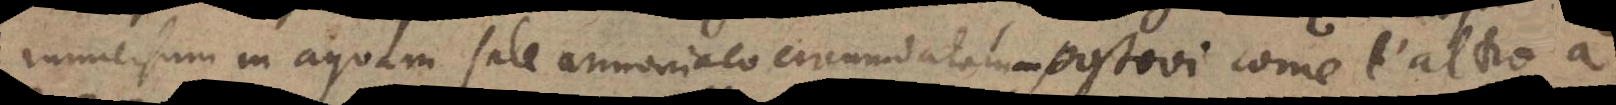
immersum in aquam sale armoniaco circumdatam, postovi come l’altro a